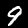
Digit: 9